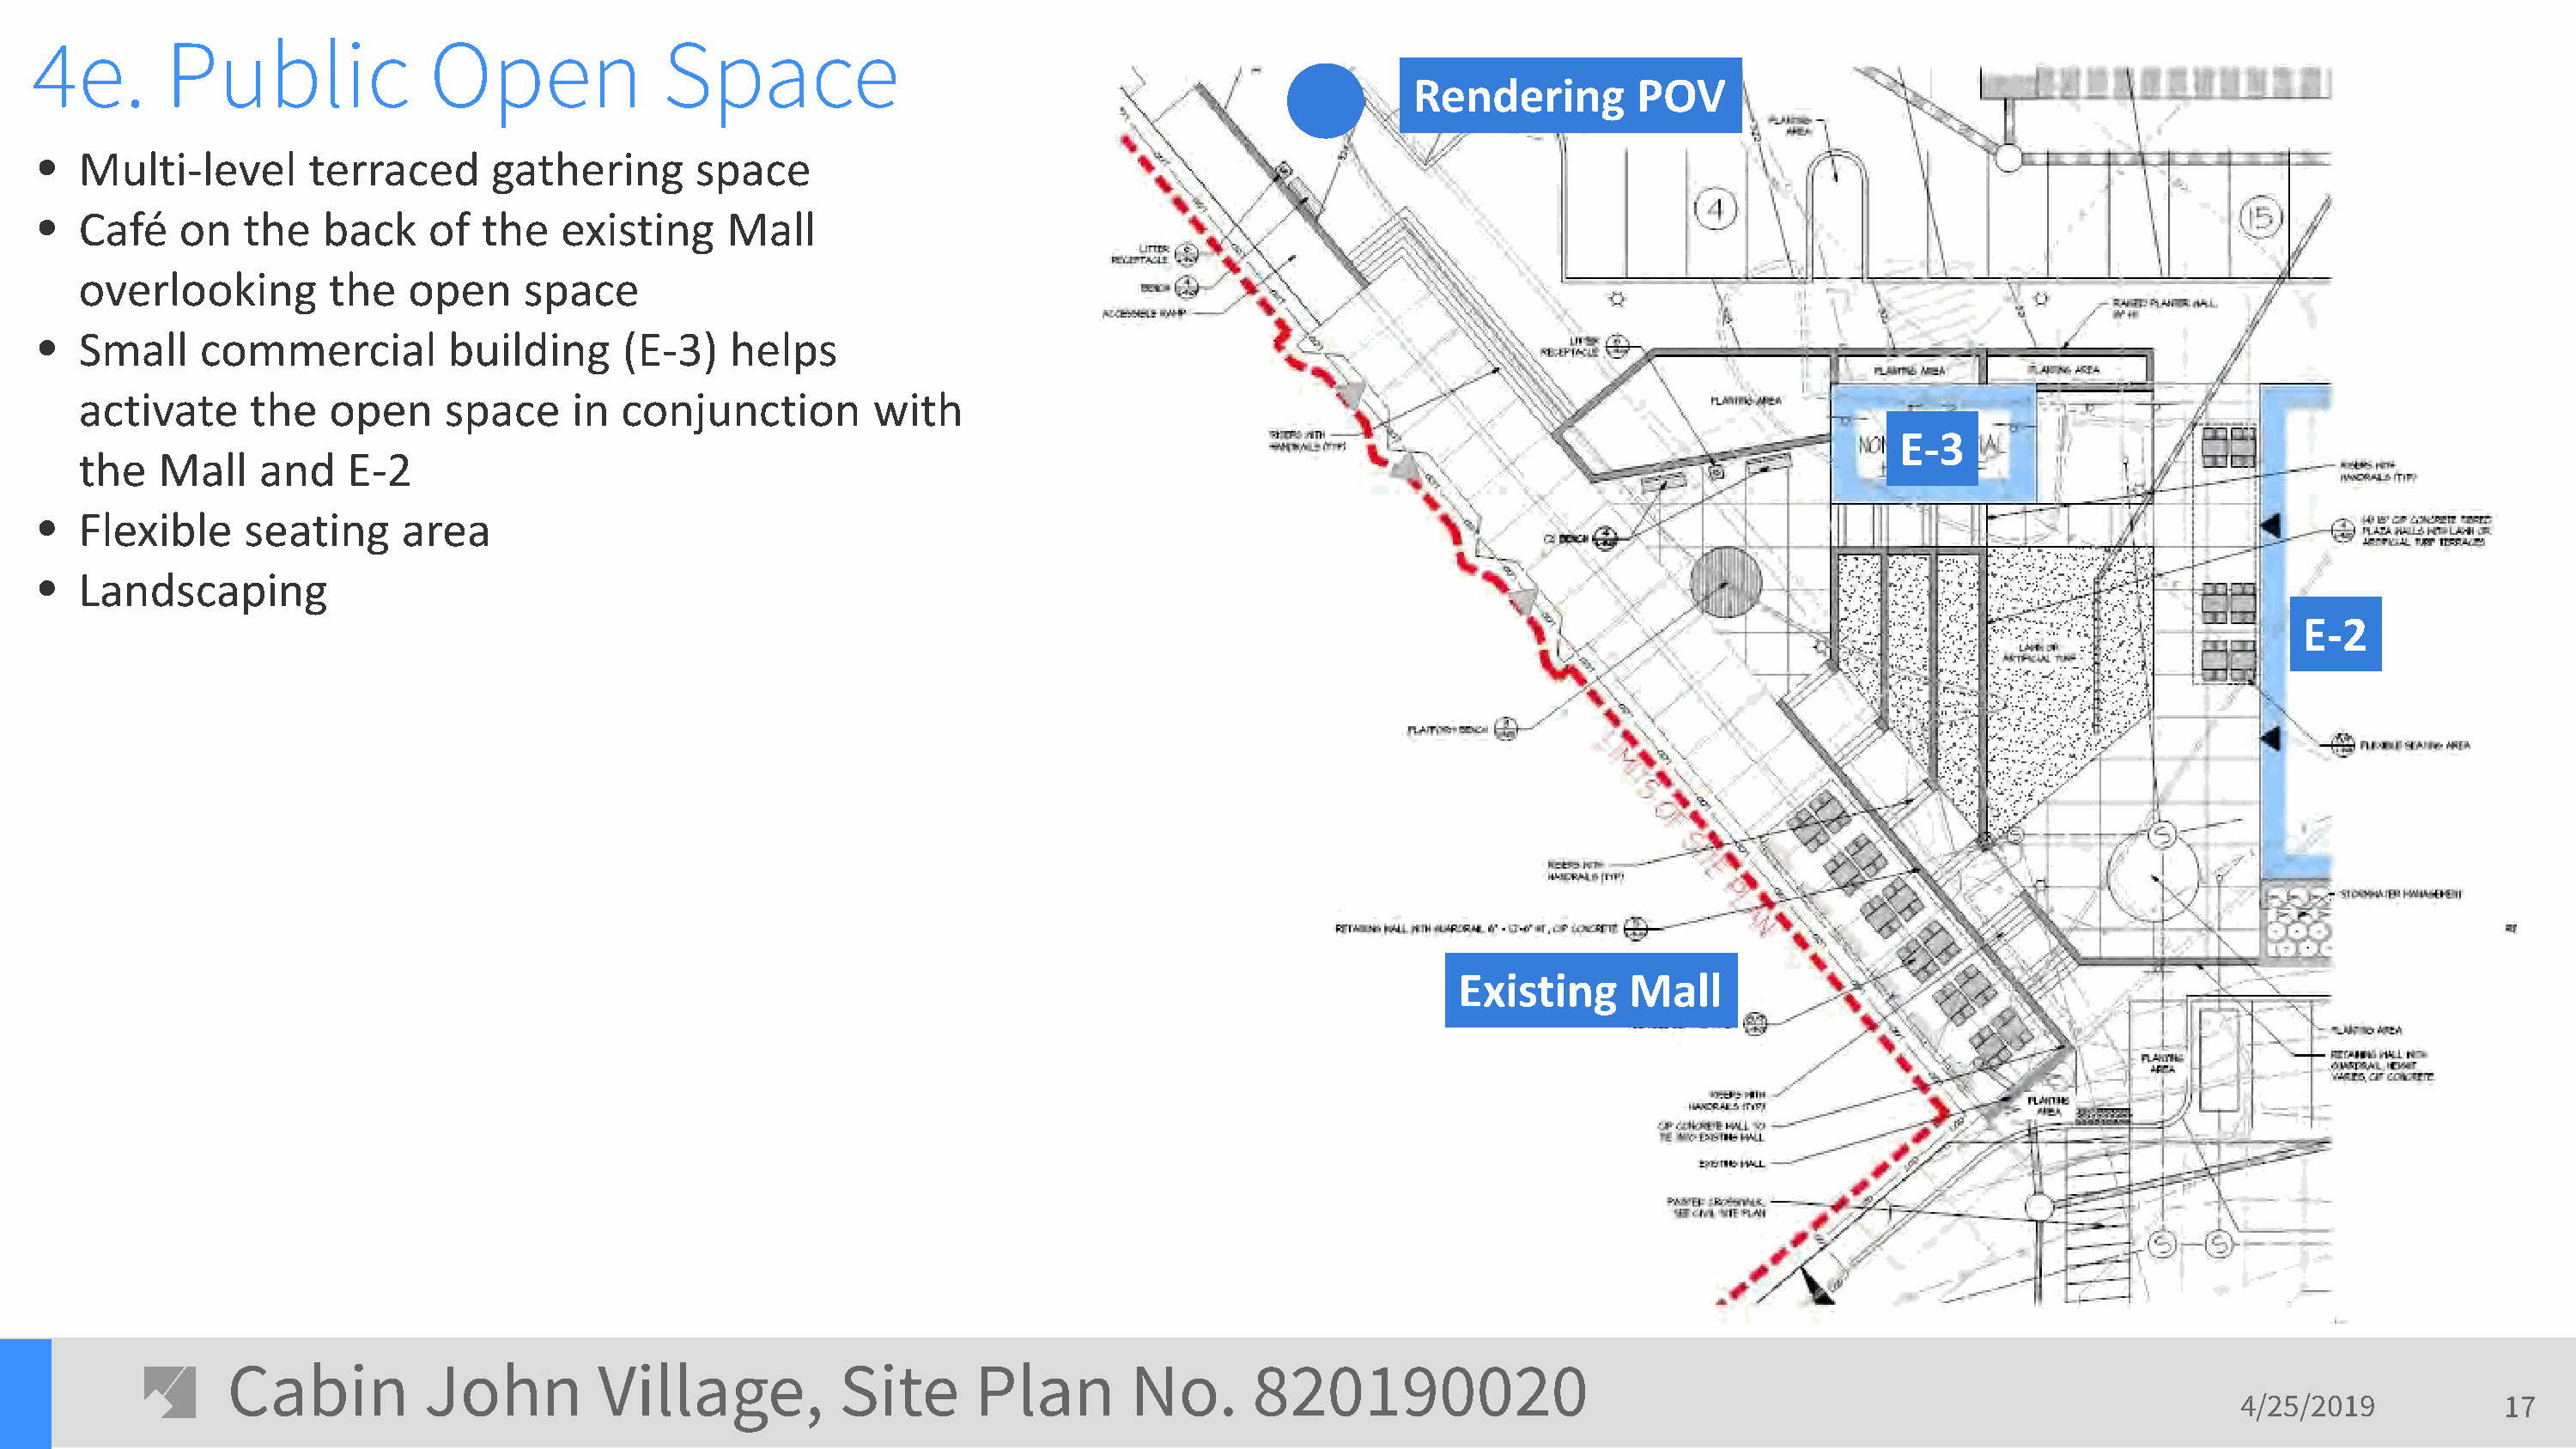
4e.        Public              Open              Space
 Rendering        POV
 •  Multi-level       terraced      gathering       space
 •  Café    on   the   back    of  the   existing     Mall
 overlooking        the   open     space
 •  Small    commercial          building     (E-3)   helps
 activate     the   open     space     in  conjunction        with
 E-3
 the   Mall    and    E-2
 •  Flexible     seating     area
 •  Landscaping
 E-2
 Existing      Mall
 Cabin          John         Village,           Site      Plan        No.       820190020
 4/25/2019           17